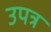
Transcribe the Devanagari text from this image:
उपत्र